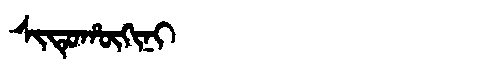
Manchu: ᠰᡳᡨᡠᡥᡡᡴᡳᠨᡳ
Romanization: SITUHŪKINI